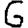
Digit: 6